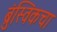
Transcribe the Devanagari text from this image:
ब्रुंस्विकचा